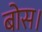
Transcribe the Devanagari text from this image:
बोस।